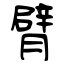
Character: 臂